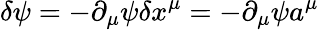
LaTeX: \delta\psi=-\partial_{\mu}\psi\delta x^{\mu}=-\partial_{\mu}\psi a^{\mu}